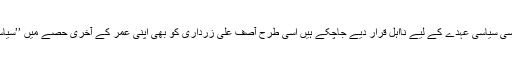
جس طرح نواز شریف تاحیات کسی سیاسی عہدے کے لیے نااہل قرار دیے جاچکے ہیں اسی طرح آصف علی زرداری کو بھی اپنی عمر کے آخری حصے میں ’’سیاسی نااہل‘‘ ہونے کے خدشات ہیں۔